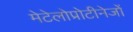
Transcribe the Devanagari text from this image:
मेटेलोप्रोटीनेजों